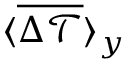
\langle \overline { { \Delta \mathcal { T } } } \rangle _ { y }